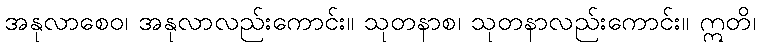
အနုလာစေဝ၊ အနုလာလည်းကောင်း။ သုတနာစ၊ သုတနာလည်းကောင်း။ ဣတိ၊